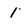
Character: 1